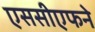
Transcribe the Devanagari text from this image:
एससीएफने